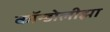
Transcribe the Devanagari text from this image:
कॉन्डोलीझा